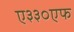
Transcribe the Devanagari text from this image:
ए३३०एफ